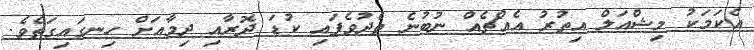
އެކަމަކު މިޝްއަލް އިތުރު އެއްޗެއް ނުބުނެ ތެދުވެފައި ކުޑަ ދޮރާއި ދިމާއަށް ހިނގައިގަތެވެ.